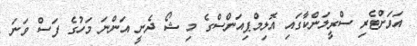
އަވަށްޓެރި ސްރީލަންކާގައި އޮލިމްޕިއަންސްގެ މި ޝޯ ދެނީ އަންނަ މަހުގެ ފަސް ވަނަ